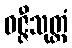
ဝဇ္ဇီသုတ္တံ